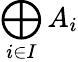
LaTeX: \bigoplus_{i\in I}A_{i}